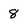
Character: 8